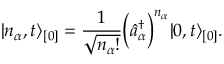
\vert n _ { \alpha } , t \rangle _ { [ 0 ] } = \frac { 1 } { \sqrt { n _ { \alpha } ! } } \Bigl ( \hat { a } _ { \alpha } ^ { \dagger } \Bigr ) ^ { n _ { \alpha } } \vert 0 , t \rangle _ { [ 0 ] } .